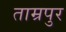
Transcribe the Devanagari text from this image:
ताम्रपुर